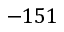
- 1 5 1